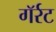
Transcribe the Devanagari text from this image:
गॅर्रट